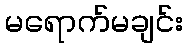
မရောက်မချင်း